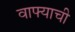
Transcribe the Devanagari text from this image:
वाफ्याची